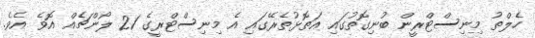
ހެލްތު މިނިސްޓްރީން ބުނިގޮތުގައި އަތޮޅުތެރޭގައި އެ މިނިސްޓްރީގެ 21 ލޯންޗެއް އޮވެ އެވެ.